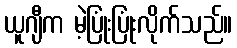
ယူဂျီက မဲ့ပြုံးပြုံးလိုက်သည်။